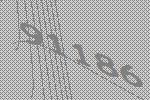
91186